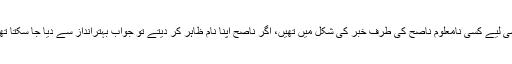
اسی لیے کسی نامعلوم ناصح کی طرف خبر کی شکل میں تھیں، اگر ناصح اپنا نام ظاہر کر دیتے تو جواب بہترانداز سے دیا جا سکتا تھا۔